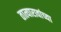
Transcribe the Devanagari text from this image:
तात्यारावांच्या